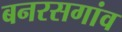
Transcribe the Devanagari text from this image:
बनरसगांव